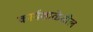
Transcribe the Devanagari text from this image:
कार्यशाळेतील